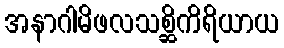
အနာဂါမိဖလသစ္ဆိကိရိယာယ